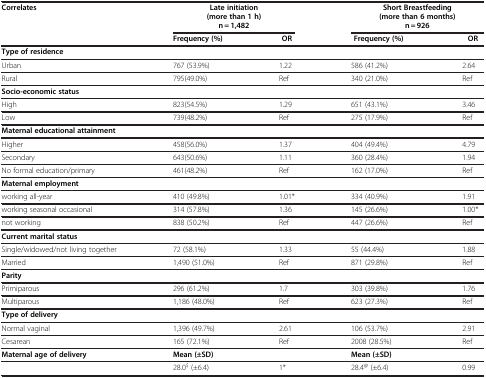
<table><thead><tr><td><b>Correlates</b></td><td colspan="2"><b>Late initiation(more than 1 h)n = 1,482</b></td><td colspan="2"><b>Short Breastfeeding (more than 6 months) n = 926</b></td></tr><tr><td><b> </b></td><td><b>Frequency (%)</b></td><td><b>OR</b></td><td><b>Frequency (%)</b></td><td><b>OR</b></td></tr></thead><tbody><tr><td colspan="5"><b>Type of residence</b></td></tr><tr><td>Urban</td><td>767 (53.9%)</td><td>1.22</td><td>586 (41.2%)</td><td>2.64</td></tr><tr><td>Rural</td><td>795(49.0%)</td><td>Ref</td><td>340 (21.0%)</td><td>Ref</td></tr><tr><td colspan="5"><b>Socio-economic status</b></td></tr><tr><td>High</td><td>823(54.5%)</td><td>1.29</td><td>651 (43.1%)</td><td>3.46</td></tr><tr><td>Low</td><td>739(48.2%)</td><td>Ref</td><td>275 (17.9%)</td><td>Ref</td></tr><tr><td colspan="5"><b>Maternal educational attainment</b></td></tr><tr><td>Higher</td><td>458(56.0%)</td><td>1.37</td><td>404 (49.4%)</td><td>4.79</td></tr><tr><td>Secondary</td><td>643(50.6%)</td><td>1.11</td><td>360 (28.4%)</td><td>1.94</td></tr><tr><td>No formal education/primary</td><td>461(48.2%)</td><td>Ref</td><td>162 (17.0%)</td><td>Ref</td></tr><tr><td colspan="5"><b>Maternal employment</b></td></tr><tr><td>working all-year</td><td>410 (49.8%)</td><td>1.01*</td><td>334 (40.9%)</td><td>1.91</td></tr><tr><td>working seasonal occasional</td><td>314 (57.8%)</td><td>1.36</td><td>145 (26.6%)</td><td>1.00*</td></tr><tr><td>not working</td><td>838 (50.2%)</td><td>Ref</td><td>447 (26.6%)</td><td>Ref</td></tr><tr><td colspan="5"><b>Current marital status</b></td></tr><tr><td>Single/widowed/not living together</td><td>72 (58.1%)</td><td>1.33</td><td>55 (44.4%)</td><td>1.88</td></tr><tr><td>Married</td><td>1,490 (51.0%)</td><td>Ref</td><td>871 (29.8%)</td><td>Ref</td></tr><tr><td><b>Parity</b></td><td> </td><td> </td><td> </td><td> </td></tr><tr><td>Primiparous</td><td>296 (61.2%)</td><td>1.7</td><td>303 (39.8%)</td><td>1.76</td></tr><tr><td>Multiparous</td><td>1,186 (48.0%)</td><td>Ref</td><td>623 (27.3%)</td><td>Ref</td></tr><tr><td><b>Type of delivery</b></td><td> </td><td> </td><td> </td><td> </td></tr><tr><td>Normal vaginal</td><td>1,396 (49.7%)</td><td>2.61</td><td>106 (53.7%)</td><td>2.91</td></tr><tr><td>Cesarean</td><td>165 (72.1%)</td><td>Ref</td><td>2008 (28.5%)</td><td>Ref</td></tr><tr><td><b>Maternal age of delivery</b></td><td colspan="2"><b>Mean (±SD)</b></td><td colspan="2"><b>Mean (±SD)</b></td></tr><tr><td> </td><td>28.0<sup>$</sup> (±6.4)</td><td>1*</td><td>28.4<sup>@</sup> (±6.4)</td><td>0.99</td></tr></tbody></table>